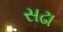
સઢા